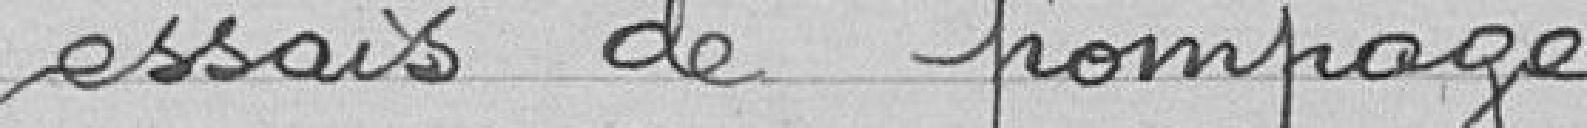
essais de pompage.